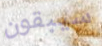
سيبقون